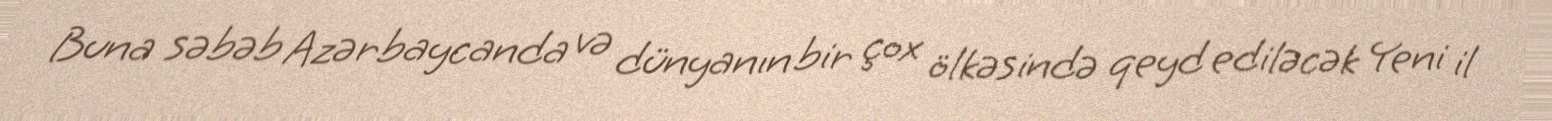
Buna səbəb Azərbaycanda və dünyanın bir çox ölkəsində qeyd ediləcək Yeni il